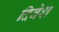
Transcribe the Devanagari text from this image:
दिवेश